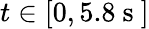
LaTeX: t\in[0,5.8\mathrm{~s~}]